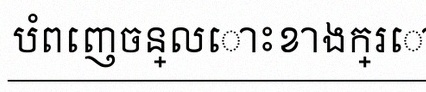
បំពេញចន្លោះខាងក្រោម